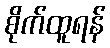
စိုက်ထူရန်